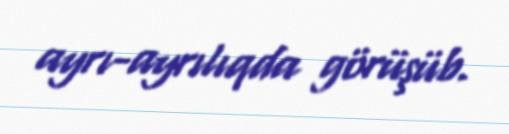
ayrı-ayrılıqda görüşüb.